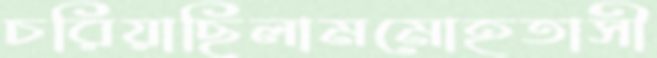
চরিয়াছিলামমোহতাসী